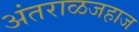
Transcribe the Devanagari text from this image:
अंतराळजहाज